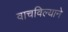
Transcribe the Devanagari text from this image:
वाचविल्याने